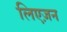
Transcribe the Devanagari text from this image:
लिएज़न